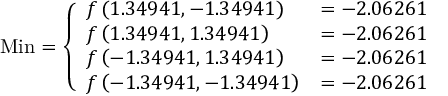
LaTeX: { \mathrm { M i n } } = { \left\{ \begin{array} { l l } { f \left( 1 . 3 4 9 4 1 , - 1 . 3 4 9 4 1 \right) } & { = - 2 . 0 6 2 6 1 } \\ { f \left( 1 . 3 4 9 4 1 , 1 . 3 4 9 4 1 \right) } & { = - 2 . 0 6 2 6 1 } \\ { f \left( - 1 . 3 4 9 4 1 , 1 . 3 4 9 4 1 \right) } & { = - 2 . 0 6 2 6 1 } \\ { f \left( - 1 . 3 4 9 4 1 , - 1 . 3 4 9 4 1 \right) } & { = - 2 . 0 6 2 6 1 } \end{array} \right. }